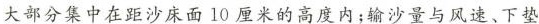
大部分集中在距沙床面10厘米的高度内；输沙量与风速、下垫